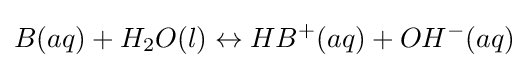
B(aq)+H_{2}O(l)\leftrightarrow HB^{+}(aq)+OH^{-}(aq)